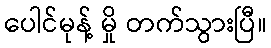
ပေါင်မုန့် မှို တက်သွားပြီ။